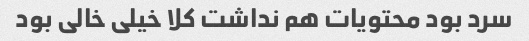
سرد بود محتویات هم نداشت کلا خیلی خالی بود